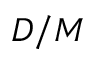
D / M